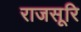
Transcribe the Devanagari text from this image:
राजसूरि